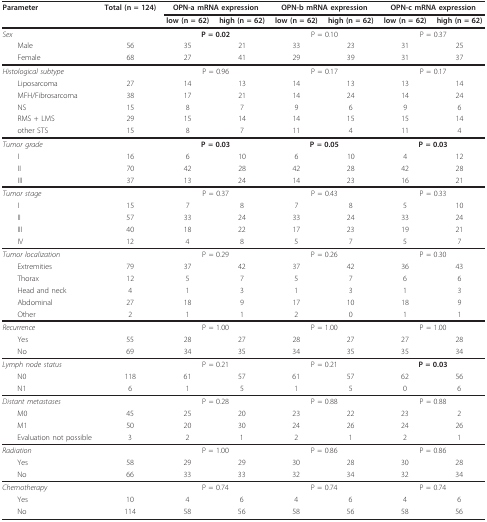
<table><thead><tr><td><b>Parameter</b></td><td><b>Total (n = 124)</b></td><td colspan="2"><b>OPN-a mRNA expression</b></td><td colspan="2"><b>OPN-b mRNA expression</b></td><td colspan="2"><b>OPN-c mRNA expression</b></td></tr><tr><td></td><td></td><td><b>low (n = 62)</b></td><td><b>high (n = 62)</b></td><td><b>low (n = 62)</b></td><td><b>high (n = 62)</b></td><td><b>low (n = 62)</b></td><td><b>high (n = 62)</b></td></tr></thead><tbody><tr><td><i>Sex</i></td><td></td><td colspan="2"><b>P = 0.02</b></td><td colspan="2">P = 0.10</td><td colspan="2">P = 0.37</td></tr><tr><td> Male</td><td>56</td><td>35</td><td>21</td><td>33</td><td>23</td><td>31</td><td>25</td></tr><tr><td> Female</td><td>68</td><td>27</td><td>41</td><td>29</td><td>39</td><td>31</td><td>37</td></tr><tr><td><i>Histological subtype</i></td><td></td><td colspan="2">P = 0.96</td><td colspan="2">P = 0.17</td><td colspan="2">P = 0.17</td></tr><tr><td> Liposarcoma</td><td>27</td><td>14</td><td>13</td><td>14</td><td>13</td><td>13</td><td>14</td></tr><tr><td> MFH/Fibrosarcoma</td><td>38</td><td>17</td><td>21</td><td>14</td><td>24</td><td>14</td><td>24</td></tr><tr><td> NS</td><td>15</td><td>8</td><td>7</td><td>9</td><td>6</td><td>9</td><td>6</td></tr><tr><td> RMS + LMS</td><td>29</td><td>15</td><td>14</td><td>14</td><td>15</td><td>15</td><td>14</td></tr><tr><td> other STS</td><td>15</td><td>8</td><td>7</td><td>11</td><td>4</td><td>11</td><td>4</td></tr><tr><td><i>Tumor grade</i></td><td></td><td colspan="2"><b>P = 0.03</b></td><td colspan="2"><b>P = 0.05</b></td><td colspan="2"><b>P = 0.03</b></td></tr><tr><td> I</td><td>16</td><td>6</td><td>10</td><td>6</td><td>10</td><td>4</td><td>12</td></tr><tr><td> II</td><td>70</td><td>42</td><td>28</td><td>42</td><td>28</td><td>42</td><td>28</td></tr><tr><td> III</td><td>37</td><td>13</td><td>24</td><td>14</td><td>23</td><td>16</td><td>21</td></tr><tr><td><i>Tumor stage</i></td><td></td><td colspan="2">P = 0.37</td><td colspan="2">P = 0.43</td><td colspan="2">P = 0.33</td></tr><tr><td> I</td><td>15</td><td>7</td><td>8</td><td>7</td><td>8</td><td>5</td><td>10</td></tr><tr><td> II</td><td>57</td><td>33</td><td>24</td><td>33</td><td>24</td><td>33</td><td>24</td></tr><tr><td> III</td><td>40</td><td>18</td><td>22</td><td>17</td><td>23</td><td>19</td><td>21</td></tr><tr><td> IV</td><td>12</td><td>4</td><td>8</td><td>5</td><td>7</td><td>5</td><td>7</td></tr><tr><td><i>Tumor localization</i></td><td></td><td colspan="2">P = 0.29</td><td colspan="2">P = 0.26</td><td colspan="2">P = 0.30</td></tr><tr><td> Extremities</td><td>79</td><td>37</td><td>42</td><td>37</td><td>42</td><td>36</td><td>43</td></tr><tr><td> Thorax</td><td>12</td><td>5</td><td>7</td><td>5</td><td>7</td><td>6</td><td>6</td></tr><tr><td> Head and neck</td><td>4</td><td>1</td><td>3</td><td>1</td><td>3</td><td>1</td><td>3</td></tr><tr><td> Abdominal</td><td>27</td><td>18</td><td>9</td><td>17</td><td>10</td><td>18</td><td>9</td></tr><tr><td> Other</td><td>2</td><td>1</td><td>1</td><td>2</td><td>0</td><td>1</td><td>1</td></tr><tr><td><i>Recurrence</i></td><td></td><td colspan="2">P = 1.00</td><td colspan="2">P = 1.00</td><td colspan="2">P = 1.00</td></tr><tr><td> Yes</td><td>55</td><td>28</td><td>27</td><td>28</td><td>27</td><td>27</td><td>28</td></tr><tr><td> No</td><td>69</td><td>34</td><td>35</td><td>34</td><td>35</td><td>35</td><td>34</td></tr><tr><td><i>Lymph node status</i></td><td></td><td colspan="2">P = 0.21</td><td colspan="2">P = 0.21</td><td colspan="2"><b>P = 0.03</b></td></tr><tr><td> N0</td><td>118</td><td>61</td><td>57</td><td>61</td><td>57</td><td>62</td><td>56</td></tr><tr><td> N1</td><td>6</td><td>1</td><td>5</td><td>1</td><td>5</td><td>0</td><td>6</td></tr><tr><td><i>Distant metastases</i></td><td></td><td colspan="2">P = 0.28</td><td colspan="2">P = 0.88</td><td colspan="2">P = 0.88</td></tr><tr><td> M0</td><td>45</td><td>25</td><td>20</td><td>23</td><td>22</td><td>23</td><td>2</td></tr><tr><td> M1</td><td>50</td><td>20</td><td>30</td><td>24</td><td>26</td><td>24</td><td>26</td></tr><tr><td> Evaluation not possible</td><td>3</td><td>2</td><td>1</td><td>2</td><td>1</td><td>2</td><td>1</td></tr><tr><td><i>Radiation</i></td><td></td><td colspan="2">P = 1.00</td><td colspan="2">P = 0.86</td><td colspan="2">P = 0.86</td></tr><tr><td> Yes</td><td>58</td><td>29</td><td>29</td><td>30</td><td>28</td><td>30</td><td>28</td></tr><tr><td> No</td><td>66</td><td>33</td><td>33</td><td>32</td><td>34</td><td>32</td><td>34</td></tr><tr><td><i>Chemotherapy</i></td><td></td><td colspan="2">P = 0.74</td><td colspan="2">P = 0.74</td><td colspan="2">P = 0.74</td></tr><tr><td> Yes</td><td>10</td><td>4</td><td>6</td><td>4</td><td>6</td><td>4</td><td>6</td></tr><tr><td> No</td><td>114</td><td>58</td><td>56</td><td>58</td><td>56</td><td>58</td><td>56</td></tr></tbody></table>